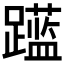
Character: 𲄍